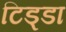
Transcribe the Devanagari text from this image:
टिड्डा